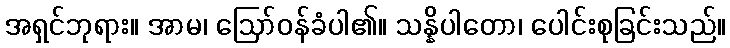
အရှင်ဘုရား။ အာမ၊ ဩော်ဝန်ခံပါ၏။ သန္နိပါတော၊ ပေါင်းစုခြင်းသည်။